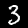
Label: 3